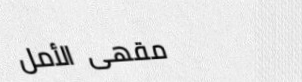
مقهى الأمل